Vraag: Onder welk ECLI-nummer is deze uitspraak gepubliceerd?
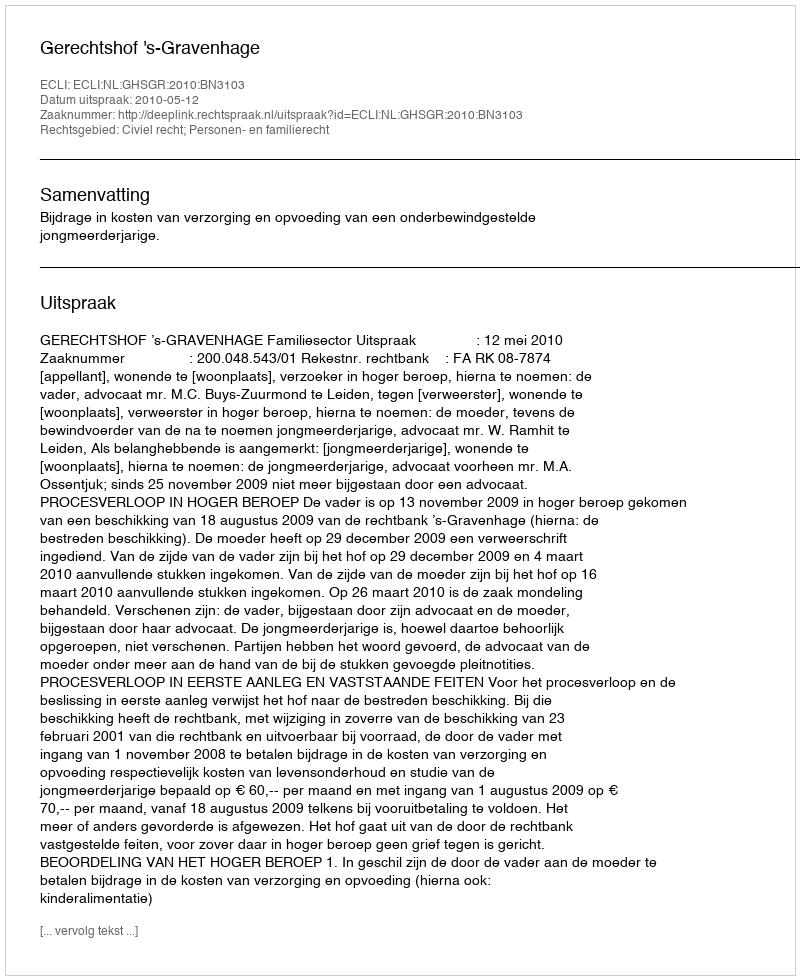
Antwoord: ECLI:NL:GHSGR:2010:BN3103